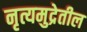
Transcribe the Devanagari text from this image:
नृत्यमुद्रेतील